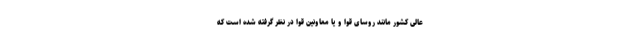
عالی کشور مانند روسای قوا و یا معاونین قوا در نظر گرفته شده است که